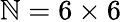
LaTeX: \mathbb{N}=6\times6